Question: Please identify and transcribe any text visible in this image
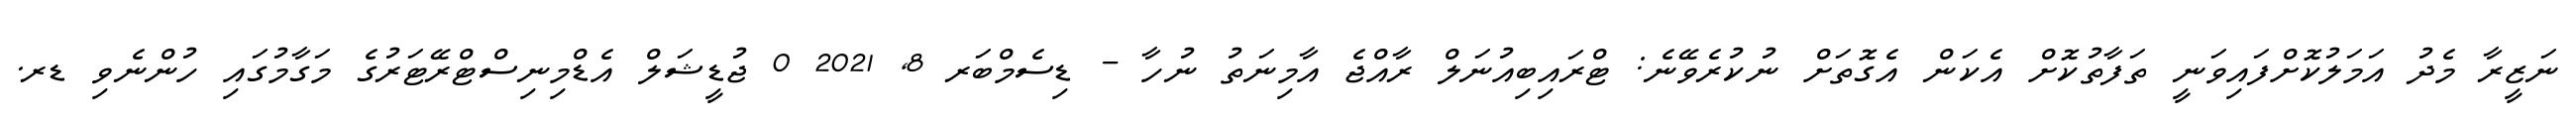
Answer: ނަޒީރާ މެދު އަމަލުކޮށްފައިވަނީ ތަފާތުކޮށް އެކަން އެގޮތަށް ނުކުރެވޭނެ: ޓްރައިބިއުނަލް ރާއްޖެ އާމިނަތު ނުހާ - ޑިސެމްބަރ 8, 2021 0 ޖުޑީޝަލް އެޑްމިނިސްޓްރޭޓަރުގެ މަގާމުގައި ހުންނެވި ޑރ.